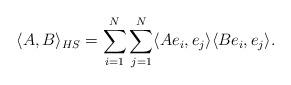
LaTeX: \begin{align*} \langle A, B \rangle_{HS} = \sum_{i=1}^N \sum_{j=1}^N \langle A e_i, e_j \rangle \langle B e_i, e_j \rangle.\end{align*}